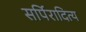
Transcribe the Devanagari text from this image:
सर्पिरादित्य